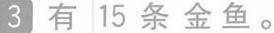
3 有15条金鱼。